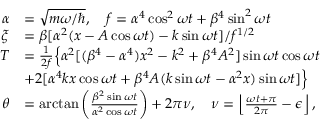
\begin{array} { r l } { \alpha } & { = \sqrt { m \omega / \hbar } , \quad f = \alpha ^ { 4 } \cos ^ { 2 } \omega t + \beta ^ { 4 } \sin ^ { 2 } \omega t } \\ { \xi } & { = \beta [ \alpha ^ { 2 } ( x - A \cos \omega t ) - k \sin \omega t ] / f ^ { 1 / 2 } } \\ { { \cal T } } & { = \frac { 1 } { 2 f } \Big \{ \alpha ^ { 2 } [ ( \beta ^ { 4 } - \alpha ^ { 4 } ) x ^ { 2 } - k ^ { 2 } + \beta ^ { 4 } A ^ { 2 } ] \sin \omega t \cos \omega t } \\ & { + 2 [ \alpha ^ { 4 } k x \cos \omega t + \beta ^ { 4 } A ( k \sin \omega t - \alpha ^ { 2 } x ) \sin \omega t ] \Big \} } \\ { \theta } & { = \arctan \left( \frac { \beta ^ { 2 } \sin \omega t } { \alpha ^ { 2 } \cos \omega t } \right) + 2 \pi \nu , \quad \nu = \left\lfloor \frac { \omega t + \pi } { 2 \pi } - \epsilon \right\rfloor , } \end{array}